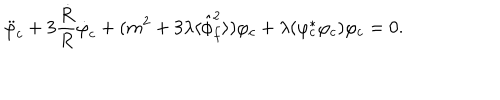
\ddot { \varphi } _ { c } + 3 \frac { \dot { R } } { R } \dot { \varphi } _ { c } + ( m ^ { 2 } + 3 \lambda \langle \hat { \phi } _ { f } ^ { 2 } \rangle ) \varphi _ { c } + \lambda ( \varphi _ { c } ^ { * } \varphi _ { c } ) \varphi _ { c } = 0 .